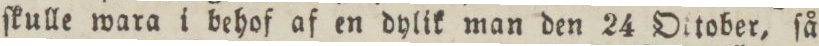
ſkulle wara i behof af en dylik man den 24 Oktober ſå